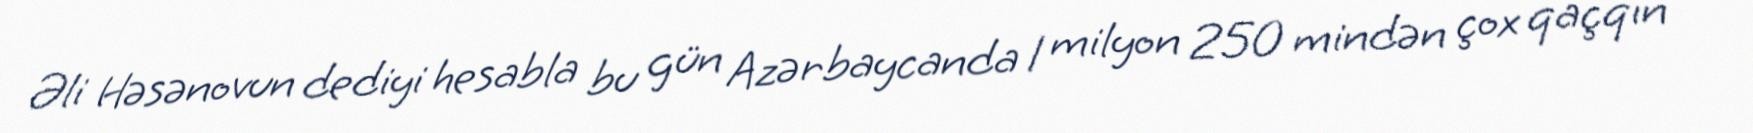
Əli Həsənovun dediyi hesabla bu gün Azərbaycanda 1 milyon 250 mindən çox qaçqın